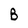
Character: B